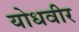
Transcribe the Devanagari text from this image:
योधवीर